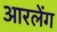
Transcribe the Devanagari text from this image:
आरलेंग